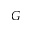
G